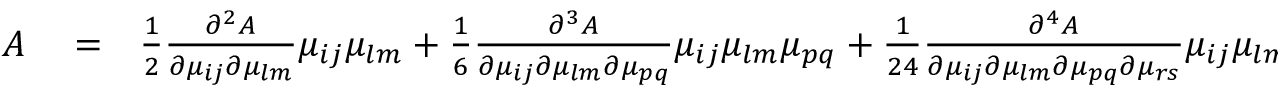
\begin{array} { r l r } { A } & { { } = } & { \frac { 1 } { 2 } \frac { \partial ^ { 2 } A } { \partial \mu _ { i j } \partial \mu _ { l m } } \mu _ { i j } \mu _ { l m } + \frac { 1 } { 6 } \frac { \partial ^ { 3 } A } { \partial \mu _ { i j } \partial \mu _ { l m } \partial \mu _ { p q } } \mu _ { i j } \mu _ { l m } \mu _ { p q } + \frac { 1 } { 2 4 } \frac { \partial ^ { 4 } A } { \partial \mu _ { i j } \partial \mu _ { l m } \partial \mu _ { p q } \partial \mu _ { r s } } \mu _ { i j } \mu _ { l m } \mu _ { p q } \mu _ { r s } + \cdots } \end{array}